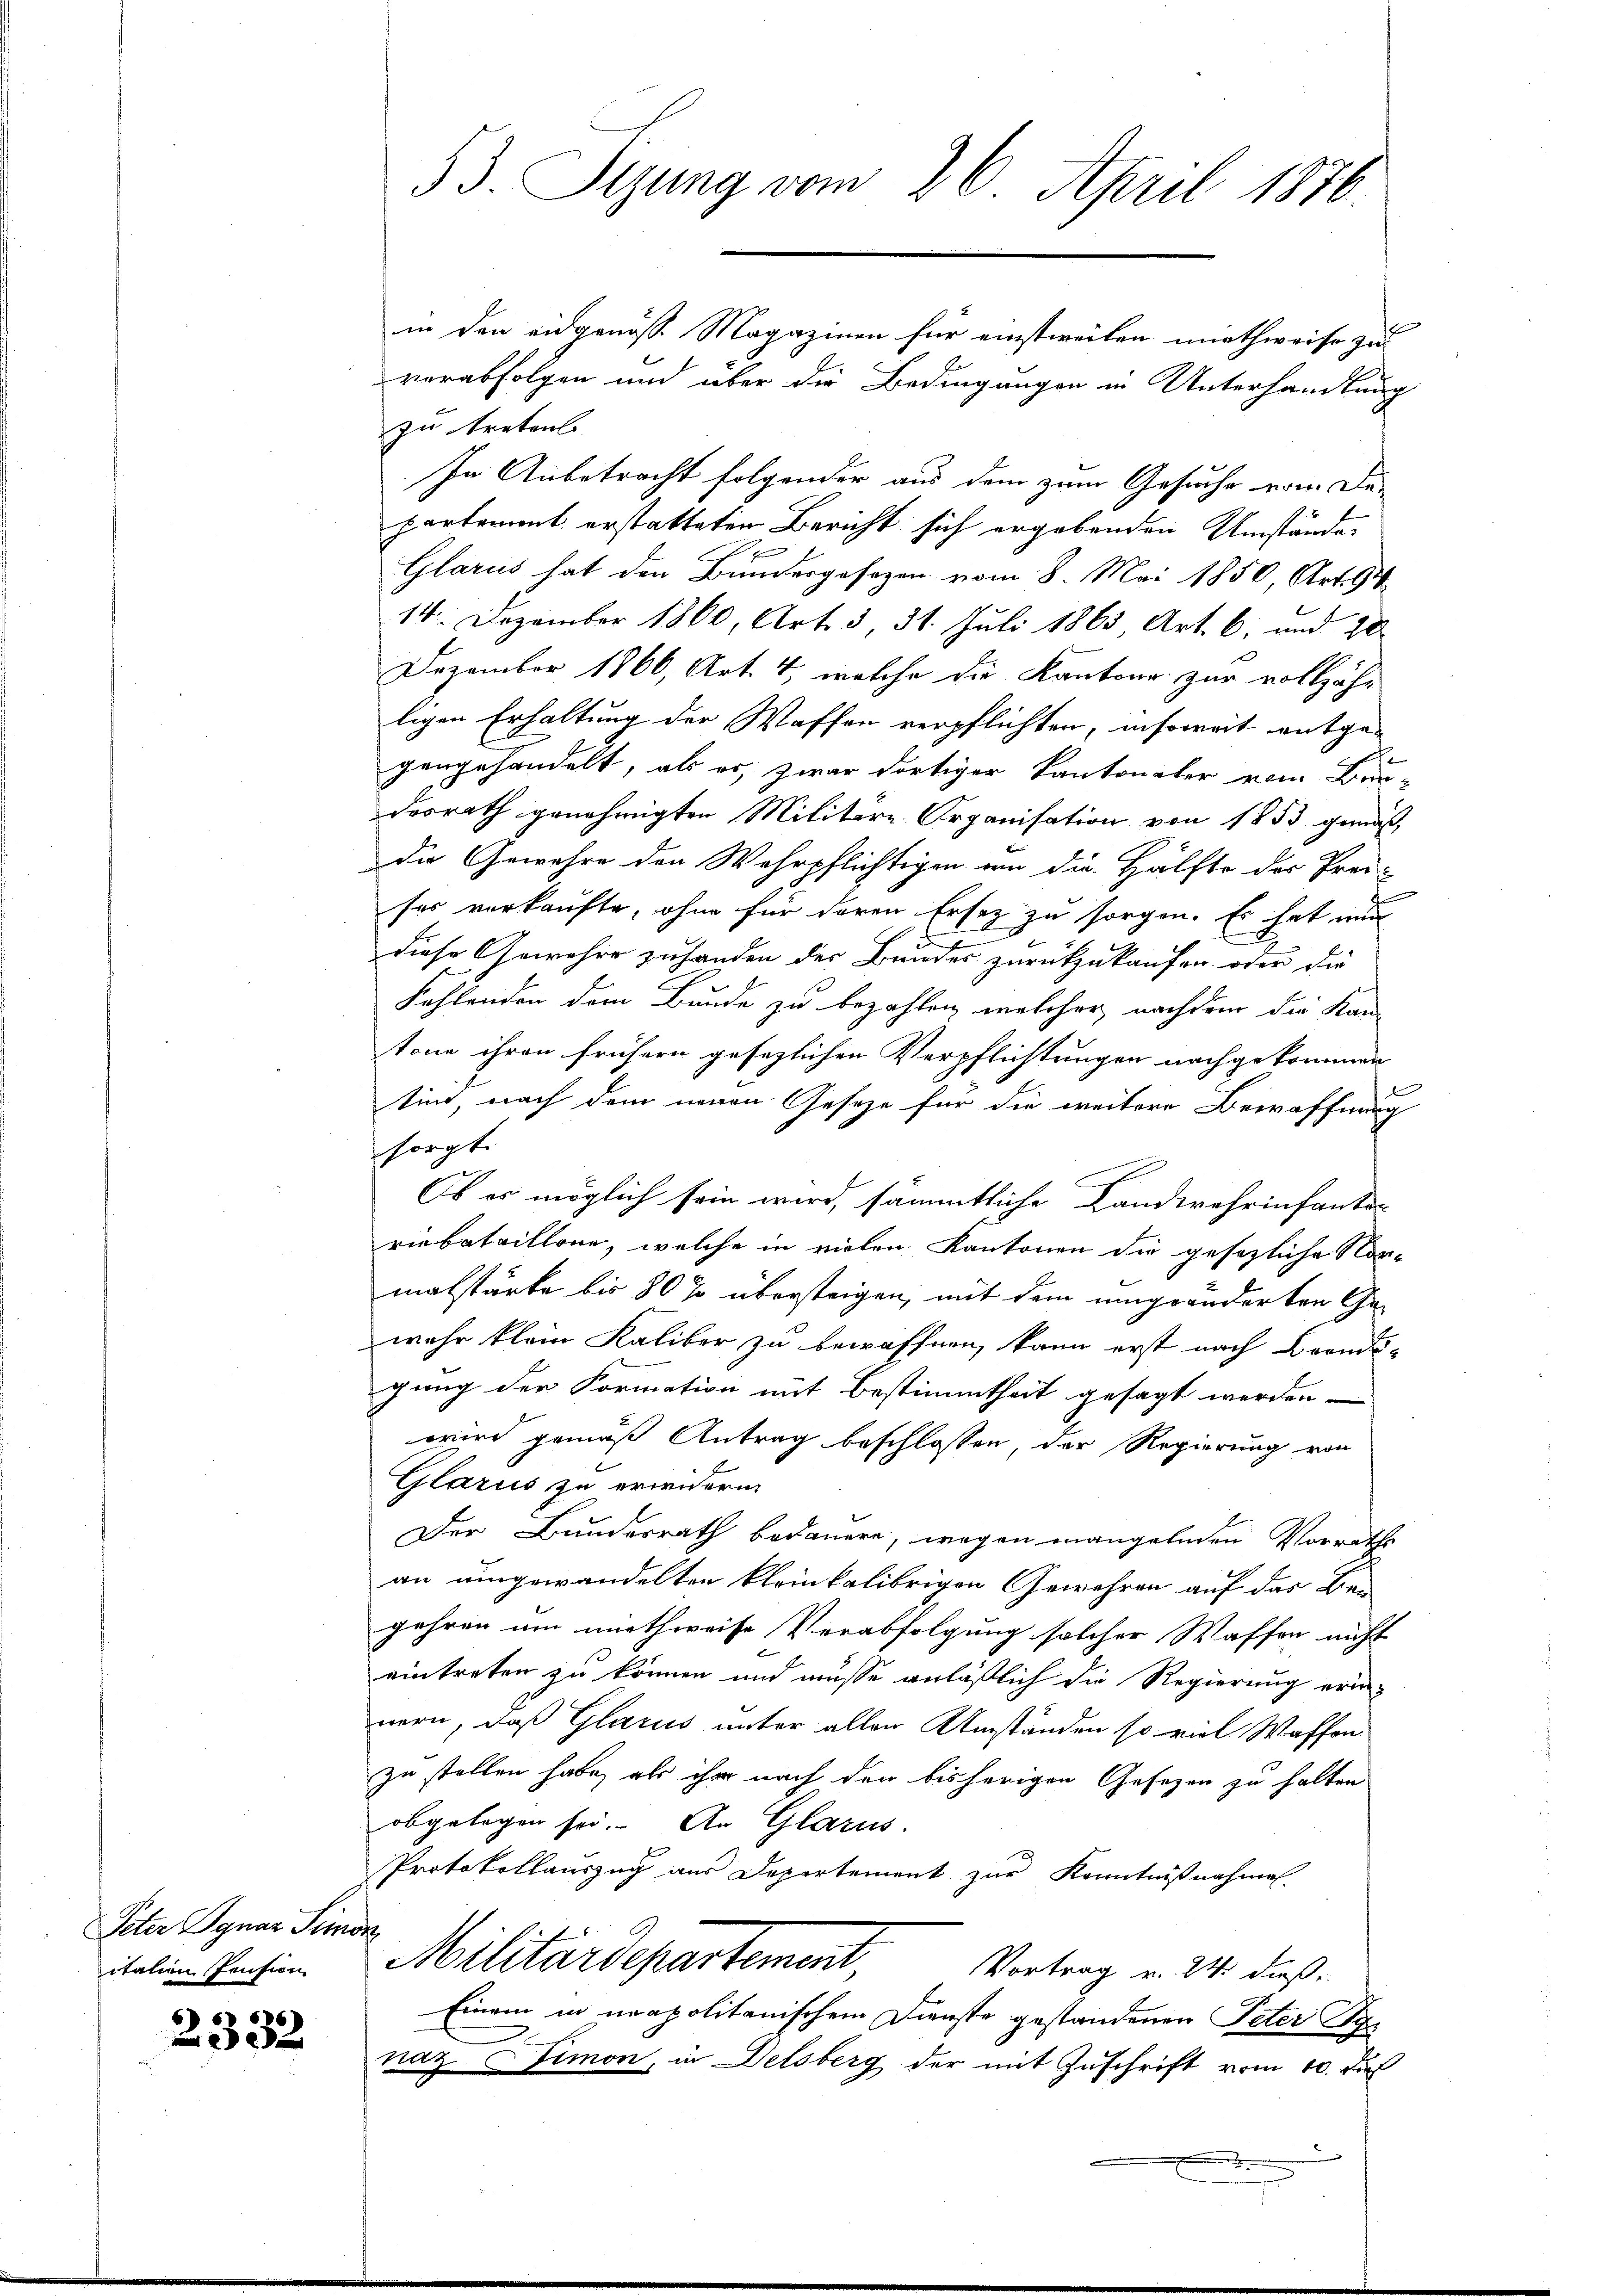
Peter Ignaz Simon
italien Pension

2332

93. Sizung vom 26. April 1876.

in den eidgenoss Magazinen für einstweilen unothweise zu
verabfolgen und über die Bedingungen in Unterhandlung
zu treten.
In Anbetracht folgender aus dem zum Gesuche vom Departement erstatteten Bericht sich ergebenden Umstände.
Glarus hat den Bundergesezen vom 8. Mai 1850, Art. 94
14. Dezember 1860, Art. 3, 31. Juli 1863 Art. 6, und 20
Dezember 1866, Art. 4, welche die Kantone zur volljähr
ligen Erhaltung der Waffen verpflichten, insoweit entge-
gengehandelt, als es, zwar dortiger Kantonaler vom Bau-
desrath genehmigten Militare Organisation von 1853 gemäß
die Gewähre der Wahrpflichtigen von die Hälfte des Prei-
ses verkaufte, ohne für deren Ersez zu sorgen. Es hat nun
diese Gewehre zuhanden der Bundes zurückzukaufen, oder die
Fehlenden dem Bunde zu bezahlen, welcher nachdem die Kantone ihren frühern gesezlichen Verpflichtungen nachgekommen
sind, nach dem neuen Geseze für die weitere Bewaffnung
sfragt.
Ob es möglich sein wird, sämmtliche Landwehrinfanter
riebataillone, welche in vielen Kantonen die gesezliche Nor-
malstärke bis 80 % übersteigen, mit dem umgeänderten Ge-
wehr klein Kaliber zu bewaffnen, kann erst nach Brands-
gung der Formation mit Bestimmtheit gesagt werden.
wird gemäß Antrag beschlossen, der Regierung von
Glarus zu erwidern
Der Bundesrath bedauern, wegen mangelnden Vorrath
an umgewandelten kleinkalibrigen Gewehren auf das Ber
gehren um miethweise Verabfolgung solcher Waffen nicht
eintreten zu können und müsse anläßlich die Regierung erinnern, daß Glarus unter allen Umständen so viel Waffen
zu stellen habe, als ihr nach den bisherigen Gesezen zu halten
obgelegen sei. An Glarus.
Protokollauszug aus Departement zur Kenntnißnahmol
Militärdepartement
Vortrag v. 24. dieß,
Einem in neapolitanischem Dienste gestandenen Peter Sie
naz Simon, in Delsberg der mit Zuschrift vom 10. du